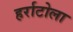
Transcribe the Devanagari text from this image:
हर्राटोला